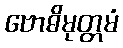
ဗောဓိမုတ္တမံ